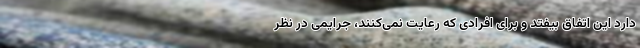
دارد این اتفاق بیفتد و برای افرادی که رعایت نمی‌کنند، جرایمی در نظر